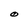
Character: O